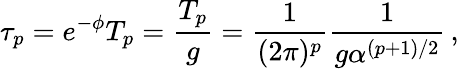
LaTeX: \tau_{p}=e^{-\phi}T_{p}=\frac{T_{p}}{g}=\frac{1}{(2\pi)^{p}}\frac{1}{g\alpha^{(p+1)/2}}\, ,